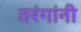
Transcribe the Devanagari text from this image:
तरंगांनी